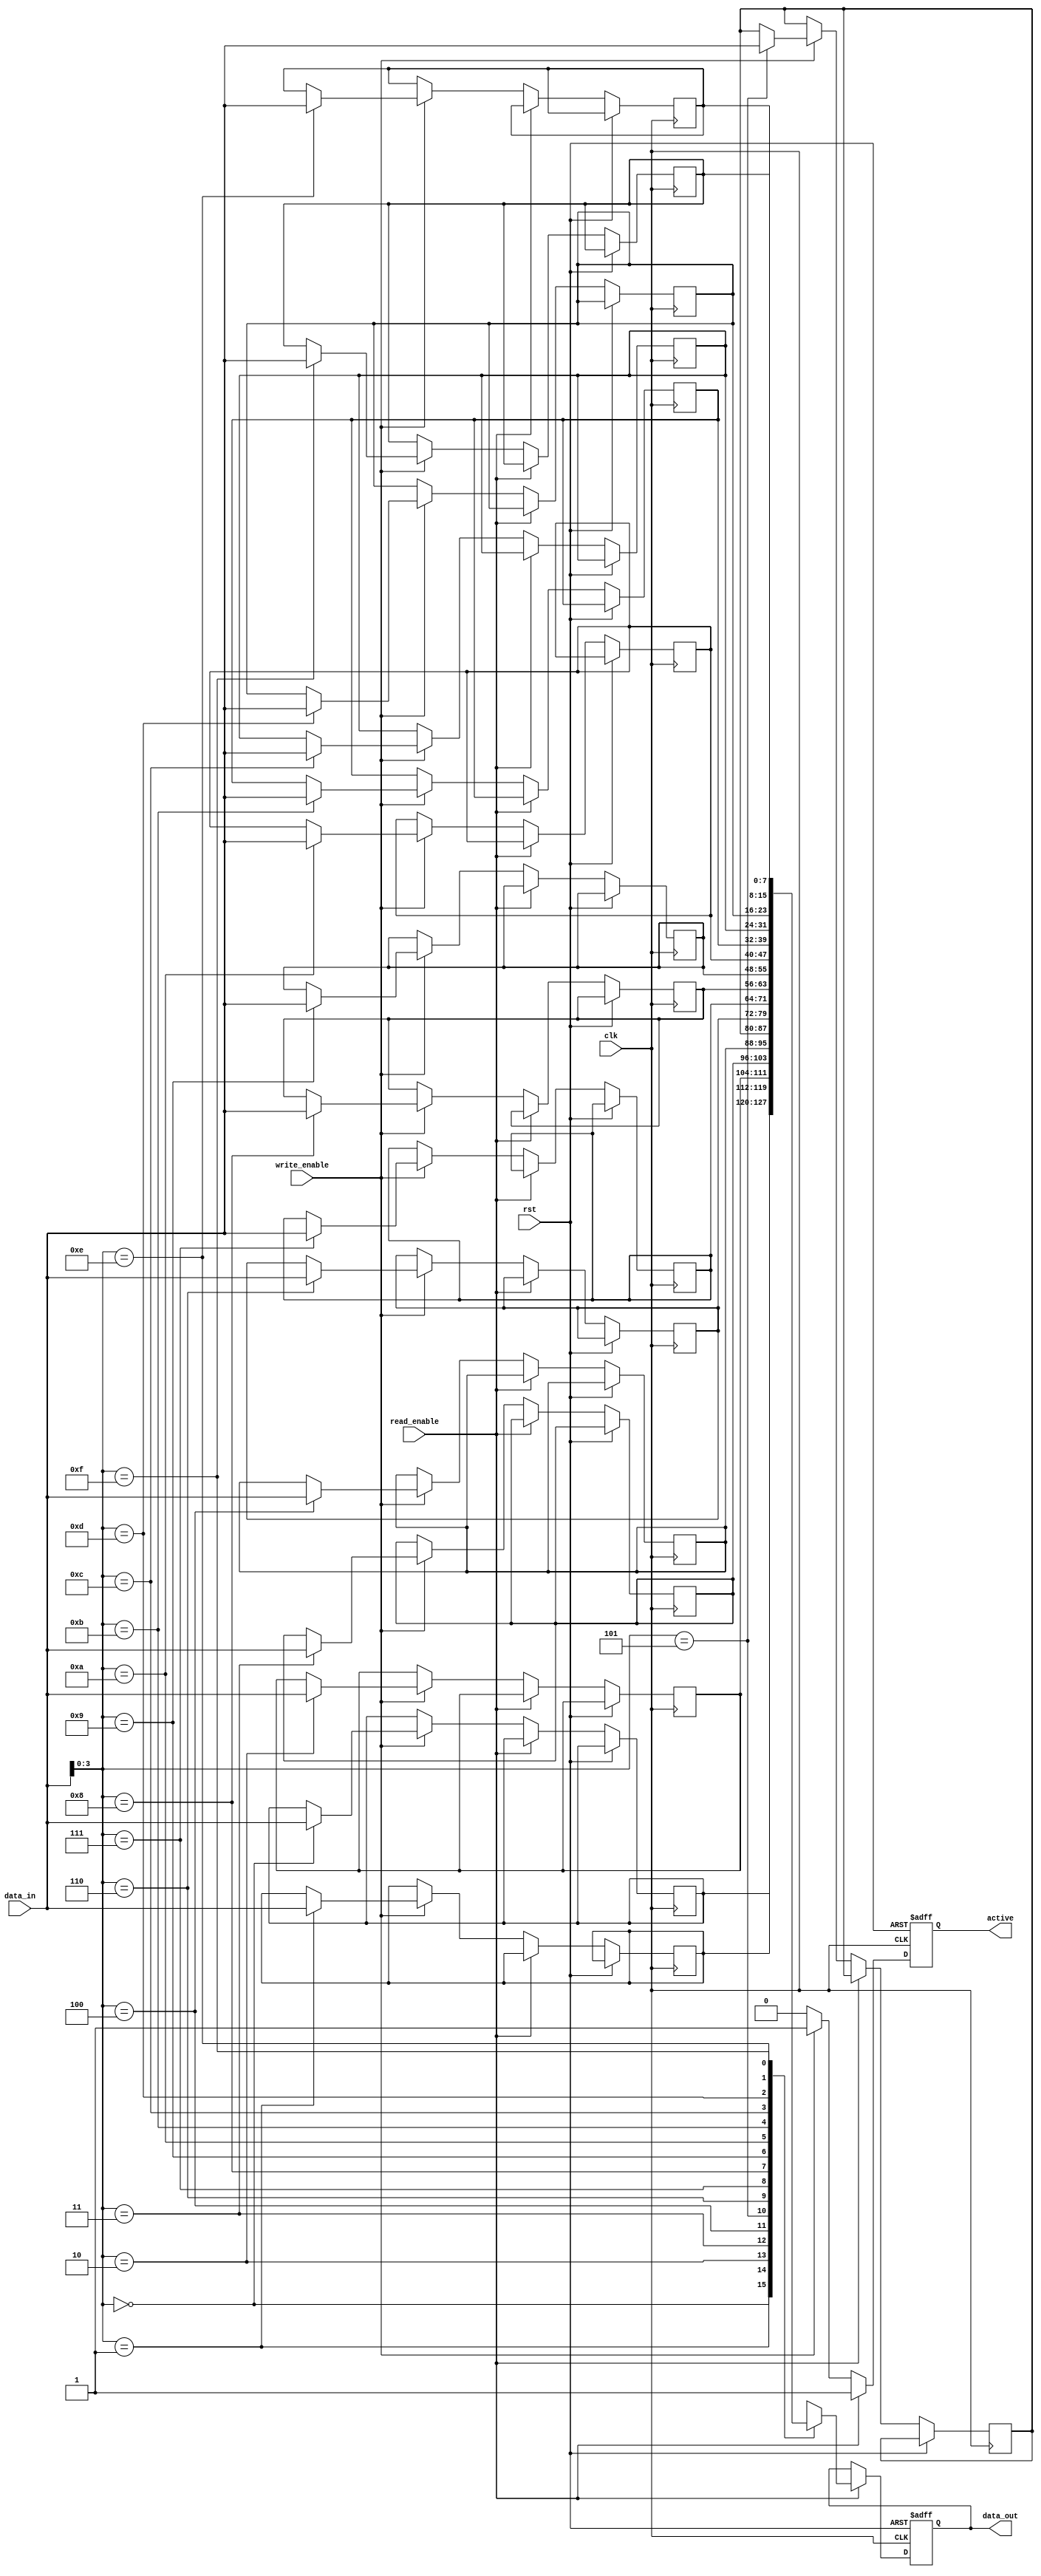
module memory_block (
    input wire clk,
    input wire rst,
    input wire read_enable,
    input wire write_enable,
    output reg [7:0] data_out,
    input wire [7:0] data_in,
    output reg active
);
    reg [7:0] memory [0:15]; // 16 x 8-bit memory blocks

    always @(posedge clk or posedge rst) begin
        if (rst) begin
            active <= 0;
            data_out <= 8'b0;
        end else begin
            if (read_enable) begin
                data_out <= memory[data_in[3:0]]; // Read operation
                active <= 1; // Mark as active
            end else if (write_enable) begin
                memory[data_in[3:0]] <= data_in; // Write operation
                active <= 1; // Mark as active
            end else begin
                active <= 0; // Mark as inactive if no read/write
            end
        end
    end
endmodule